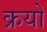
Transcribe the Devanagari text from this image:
क्रयों